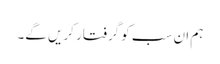
ہم ان سب کو گرفتار کریں گے۔